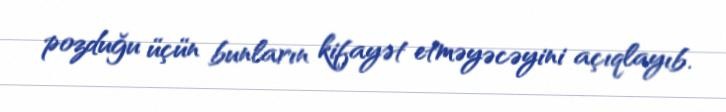
pozduğu üçün bunların kifayət etməyəcəyini açıqlayıb.